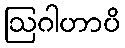
ဩဂါဟာပိ